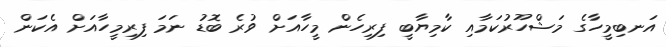
އަނބިމީހާގެ މަޝްހޫރުކަމާއި ކާމިޔާބީ ފިރިހެން މީހާއަށް ވުރެ ބޮޑު ނަމަ ފިރިމީހާއަށް އެކަން